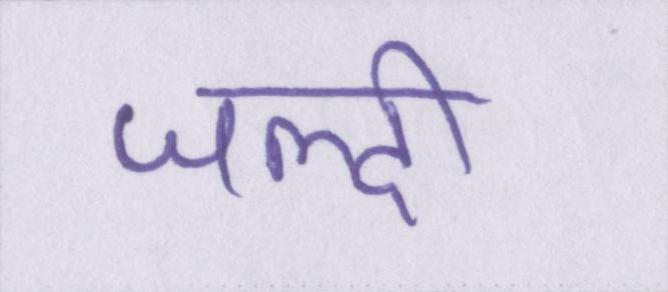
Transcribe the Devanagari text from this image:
जल्दी